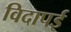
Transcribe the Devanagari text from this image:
विदापई